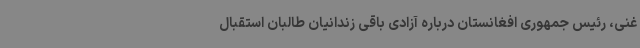
غنی، رئیس جمهوری افغانستان درباره آزادی باقی زندانیان طالبان استقبال